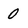
Character: 0